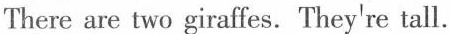
There are two giraffes.They're tall.